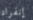
إنفراد